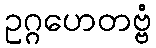
ဥဂ္ဂဟေတဗ္ဗံ